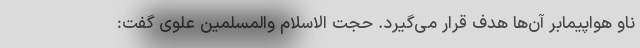
ناو هواپیمابر آن‌ها هدف قرار می‌گیرد. حجت الاسلام والمسلمین علوی گفت: